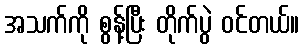
အသက်ကို စွန့်ပြီး တိုက်ပွဲ ဝင်တယ်။